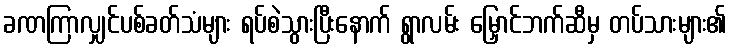
ခဏကြာလျှင်ပစ်ခတ်သံများ ရပ်စဲသွားပြီးနောက် ရွာလမ်း မြှောင်ဘက်ဆီမှ တပ်သားများ၏